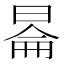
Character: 𬀿